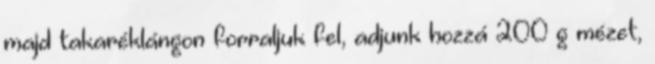
majd takaréklángon forraljuk fel, adjunk hozzá 200 g mézet,